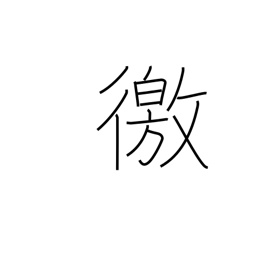
Meaning: enquire